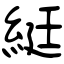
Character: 綎